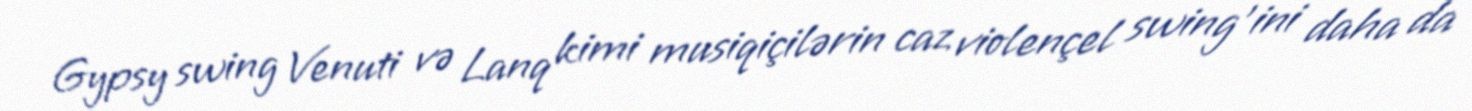
Gypsy swing Venuti və Lanq kimi musiqiçilərin caz violençel swing'ini daha da